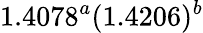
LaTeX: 1.4078^{a}(1.4206)^{b}